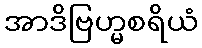
အာဒိဗြဟ္မစရိယံ